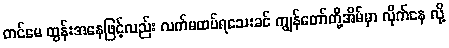
တင်မေ ထွန်းအနေဖြင့်လည်း လက်မထပ်ရသေးခင် ကျွန်တော်တို့အိမ်မှာ လိုက်နေ လို့